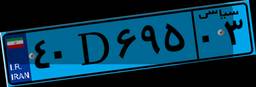
۴۰D۶۹۵۰۳